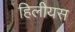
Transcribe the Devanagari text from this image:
हिलीयस